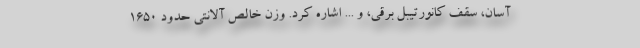
آسان، سقف کانورتیبل برقی، و ... اشاره کرد. وزن خالص آلانتی حدود 1650